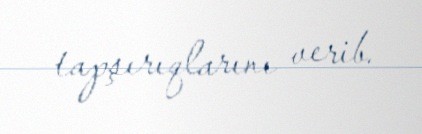
tapşırıqlarını verib.